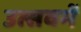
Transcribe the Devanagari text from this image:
उत्सवमें